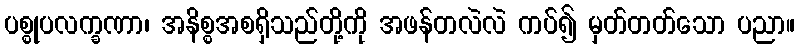
ပစ္စုပလက္ခဏာ၊ အနိစ္စအစရှိသည်တို့ကို အဖန်တလဲလဲ ကပ်၍ မှတ်တတ်သော ပညာ။